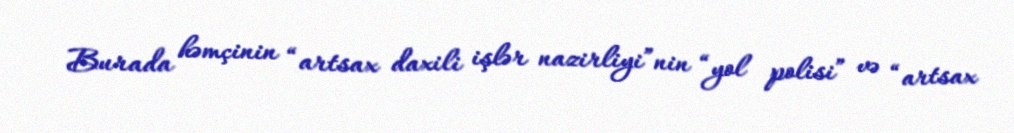
Burada həmçinin “artsax daxili işlər nazirliyi”nin “yol polisi” və “artsax